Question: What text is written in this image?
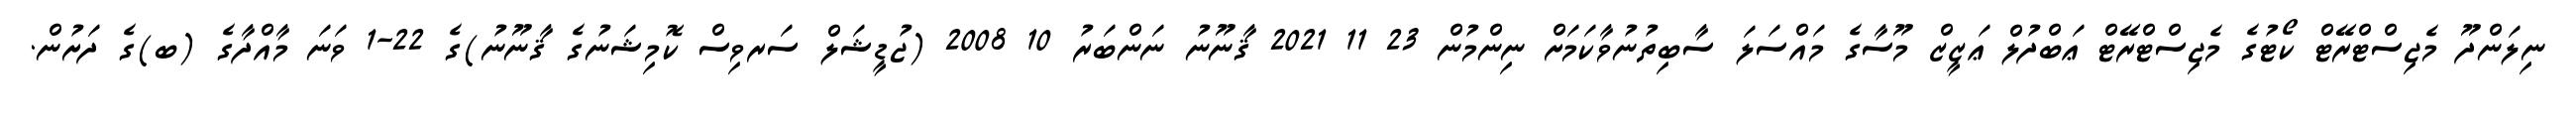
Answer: ނިލަންދޫ މެޖިސްޓްރޭޓް ކޯޓުގެ މެޖިސްޓްރޭޓް ޢަބްދުލް ޢަޒީޒް މޫސާގެ މައްސަލަ ސާބިތުނުވާކަމަށް ނިންމުން 23 11 2021 ޤާނޫނު ނަންބަރު 10 2008 (ޖުޑީޝަލް ސަރވިސް ކޮމިޝަނުގެ ޤާނޫނު)ގެ 22-1 ވަނަ މާއްދާގެ (ބ)ގެ ދަށުން.